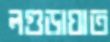
লগুড়াঘাত